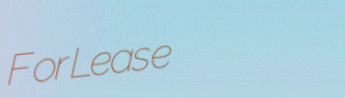
ForLease